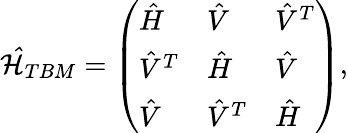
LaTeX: \mathcal{\hat{H}}_{TBM}=\left(\begin{array}{lll}{\hat{H}}&{\hat{V}}&{\hat{V}^{T}}\\ {\hat{V}^{T}}&{\hat{H}}&{\hat{V}}\\ {\hat{V}}&{\hat{V}^{T}}&{\hat{H}}\end{array}\right),